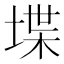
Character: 堞